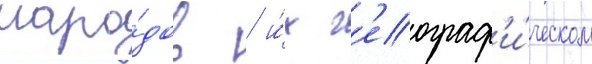
наро́дов / и́х г'еограф'и́ческом